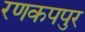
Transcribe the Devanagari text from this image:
रणकपपुर